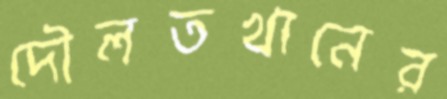
দৌলতখানের